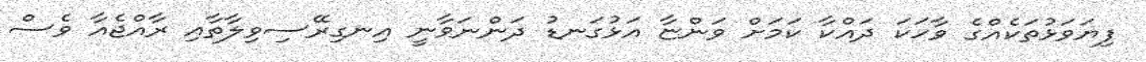
ފިޔަވަޅުތަކެއްގެ ވާހަކަ ދައްކާ ކަމަށް ވަންޏާ އަޅުގަނޑު ދަންނަވާނީ އިނގިރޭސިވިލާތާއި ރާއްޖެއާ ވެސް